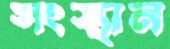
সংস্থান